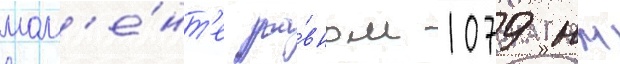
мом'е́нт'е ра́вном 1079 нм